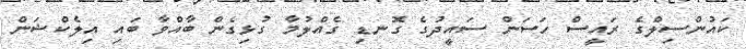
ކައުންސިލްގެ ރައީސް ހަސަން ސައީދުގެ ގޮނޑި ގެއްލުމާ ގުޅިގެން ބާއްވާ ބައި އިލެކްޝަން